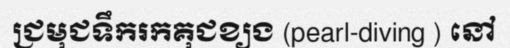
ជ្រមុជទឹករកគុជខ្យង (pearl-diving ) នៅ